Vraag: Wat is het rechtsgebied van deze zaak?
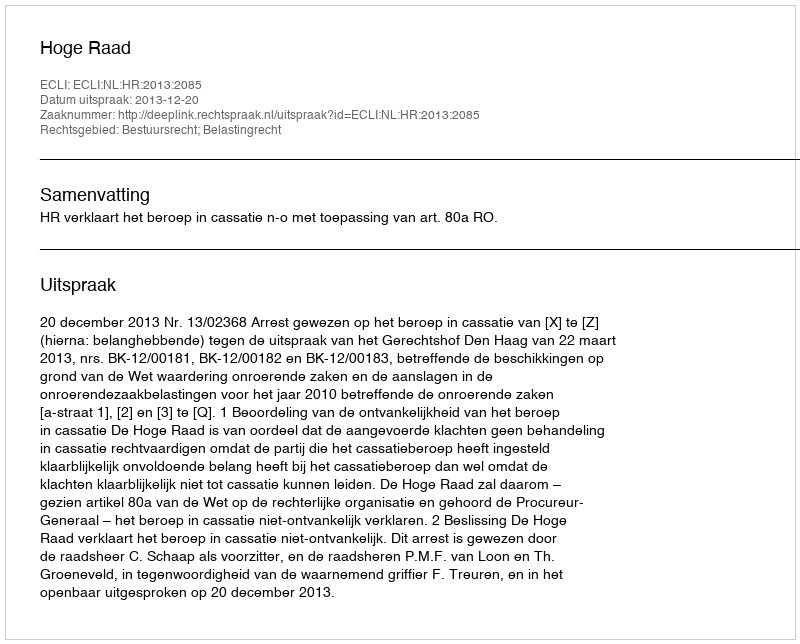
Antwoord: Bestuursrecht; Belastingrecht